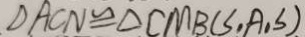
\Delta A C N \cong \Delta C M B ( S , A , S )